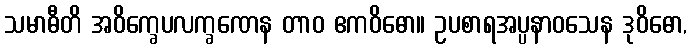
သမာဓီတိ အဝိက္ခေပလက္ခဏေန တာဝ ဧကဝိဓော။ ဥပစာရအပ္ပနာဝသေန ဒုဝိဓော,